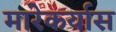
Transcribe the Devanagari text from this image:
मारेकर्यास